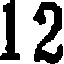
12